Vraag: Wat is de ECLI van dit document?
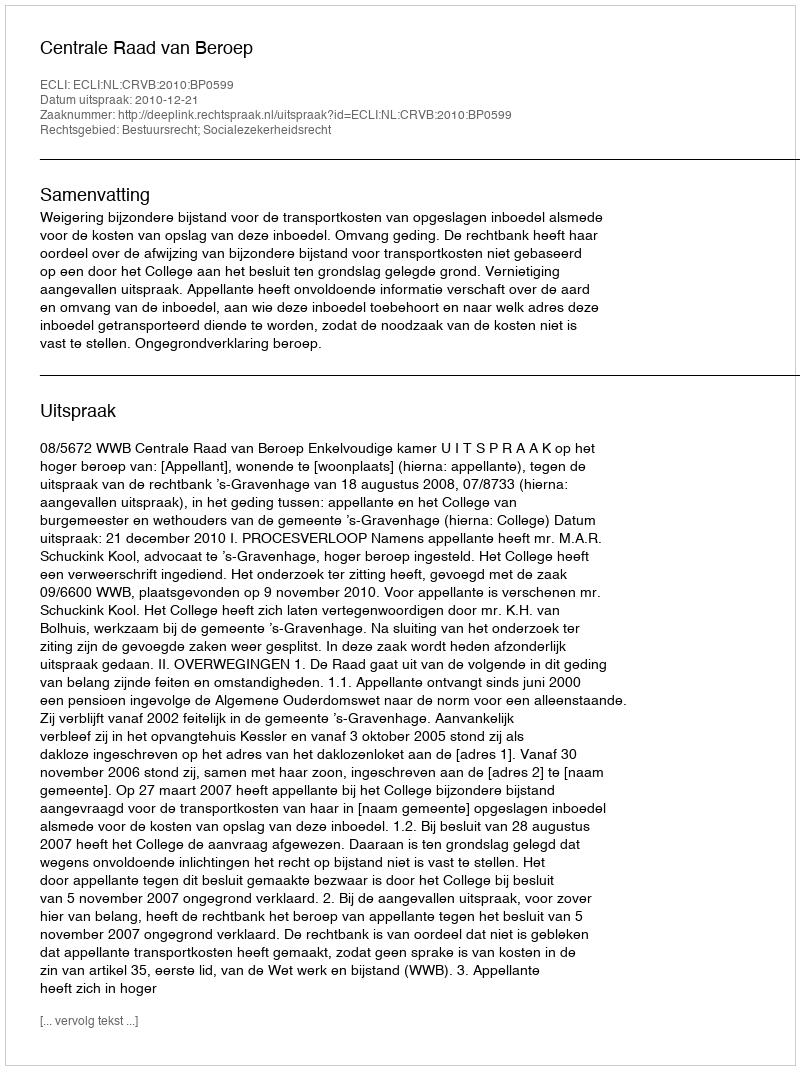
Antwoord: ECLI:NL:CRVB:2010:BP0599